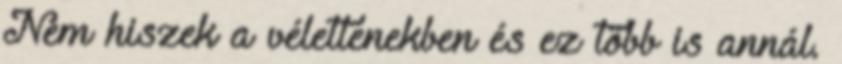
Nem hiszek a véletlenekben és ez több is annál.